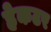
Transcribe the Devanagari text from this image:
हेकटर